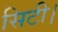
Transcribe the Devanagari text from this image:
सिटी।